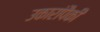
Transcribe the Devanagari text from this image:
उकारांपैकी